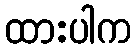
ထားပါက